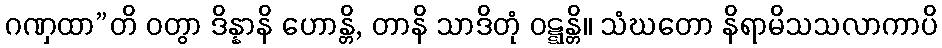
ဂဏှထာ”တိ ဝတွာ ဒိန္နာနိ ဟောန္တိ, တာနိ သာဒိတုံ ဝဋ္ဋန္တိ။ သံဃတော နိရာမိသသလာကာပိ